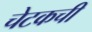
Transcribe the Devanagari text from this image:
चेटकची